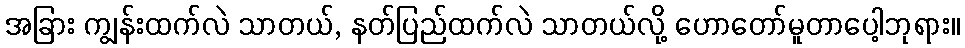
အခြား ကျွန်းထက်လဲ သာတယ်, နတ်ပြည်ထက်လဲ သာတယ်လို့ ဟောတော်မူတာပေါ့ဘုရား။